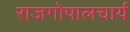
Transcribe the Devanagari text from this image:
राजगोपालचार्य